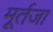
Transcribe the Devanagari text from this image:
मूर्तजा